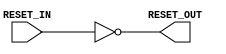

// Copyright (c) 2000-2009 Bluespec, Inc.

// Permission is hereby granted, free of charge, to any person obtaining a copy
// of this software and associated documentation files (the "Software"), to deal
// in the Software without restriction, including without limitation the rights
// to use, copy, modify, merge, publish, distribute, sublicense, and/or sell
// copies of the Software, and to permit persons to whom the Software is
// furnished to do so, subject to the following conditions:

// The above copyright notice and this permission notice shall be included in
// all copies or substantial portions of the Software.

// THE SOFTWARE IS PROVIDED "AS IS", WITHOUT WARRANTY OF ANY KIND, EXPRESS OR
// IMPLIED, INCLUDING BUT NOT LIMITED TO THE WARRANTIES OF MERCHANTABILITY,
// FITNESS FOR A PARTICULAR PURPOSE AND NONINFRINGEMENT. IN NO EVENT SHALL THE
// AUTHORS OR COPYRIGHT HOLDERS BE LIABLE FOR ANY CLAIM, DAMAGES OR OTHER
// LIABILITY, WHETHER IN AN ACTION OF CONTRACT, TORT OR OTHERWISE, ARISING FROM,
// OUT OF OR IN CONNECTION WITH THE SOFTWARE OR THE USE OR OTHER DEALINGS IN
// THE SOFTWARE.
//
// $Revision: 17872 $
// $Date: 2009-09-18 14:32:56 +0000 (Fri, 18 Sep 2009) $

`ifdef BSV_ASSIGNMENT_DELAY
`else
`define BSV_ASSIGNMENT_DELAY
`endif

module ResetInverter(RESET_IN, RESET_OUT);

   input     RESET_IN;            // input reset
   output    RESET_OUT;           // output reset

   wire      RESET_OUT;
   
   assign    RESET_OUT = ! RESET_IN ;
   
endmodule // ResetInverter